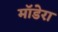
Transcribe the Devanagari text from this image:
मॉडेरा